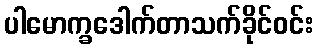
ပါမောက္ခဒေါက်တာသက်ခိုင်ဝင်း